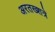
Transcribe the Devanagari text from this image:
अरतख्शत्रे